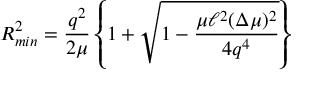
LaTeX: R _ { m i n } ^ { 2 } = \frac { q ^ { 2 } } { 2 \mu } \left\{ 1 + \sqrt { 1 - \frac { \mu \ell ^ { 2 } ( \Delta \mu ) ^ { 2 } } { 4 q ^ { 4 } } } \right\}